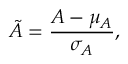
\tilde { A } = \frac { A - \mu _ { A } } { \sigma _ { A } } ,